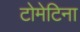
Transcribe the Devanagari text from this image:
टोमेटिना